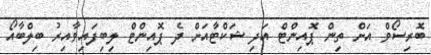
ބޮރިސޯވް އަށް ތިން ޕޮއިންޓް އަދި ޝަކްޓާއަށް ދެ ޕޮއިންޓް ލިބިފައިވާއިރު ބިލްބާއޯ